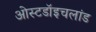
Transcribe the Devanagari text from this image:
ओस्टडॉइचलांड